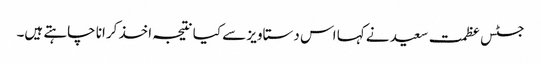
جسٹس عظمت سعید نے کہا اس دستاویز سے کیا نتیجہ اخذ کرانا چاہتے ہیں۔